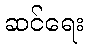
ဆင်ရေး